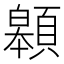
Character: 䫧